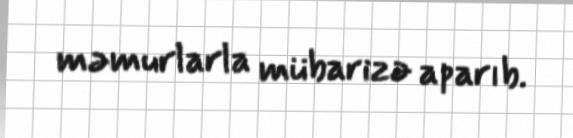
məmurlarla mübarizə aparıb.